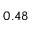
0 . 4 8